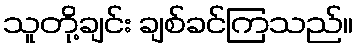
သူတို့ချင်း ချစ်ခင်ကြသည်။